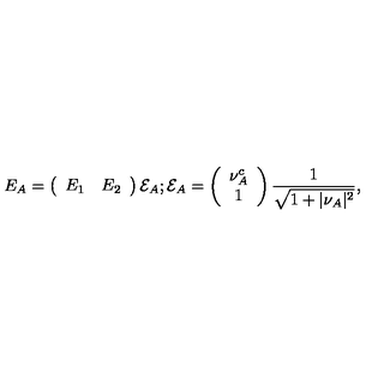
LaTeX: E _ { A } = \left( \begin{array} { c c } { E _ { 1 } } & { E _ { 2 } } \\ \end{array} \right) { \cal E } _ { A } ; { \cal E } _ { A } = \left( \begin{array} { c } { \nu _ { A } ^ { c } } \\ { 1 } \\ \end{array} \right) { \frac { 1 } { \sqrt { 1 + \vert \nu _ { A } \vert ^ { 2 } } } } ,